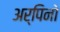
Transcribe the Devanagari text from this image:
अर्पिनो